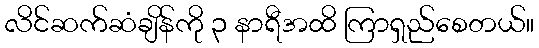
လိင်ဆက်ဆံချိန်ကို ၃ နာရီအထိ ကြာရှည်စေတယ်။